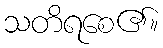
သတိရစေ၏။